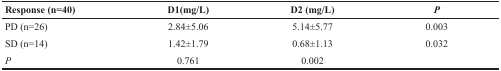
| Response (n=40) | D1(mg/L) | D2 (mg/L) | P |
 | --- | --- | --- | --- |
 | PD (n=26) | 2.84±5.06 | 5.14±5.77 | 0.003 |
 | SD (n=14) | 1.42±1.79 | 0.68±1.13 | 0.032 |
 | P | 0.761 | 0.002 |  |